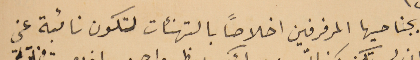
بجناحيها المرفرفين اخلاصاً بالتهنئات لتكون نائبة عني